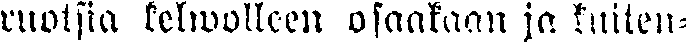
ruotsia kelwolleen osaakaan ja kuiten-